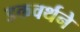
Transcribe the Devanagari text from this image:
डकवर्थने